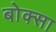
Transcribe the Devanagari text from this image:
बोक्सा